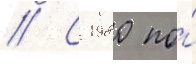
// С 1980 по́